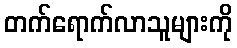
တက်ရောက်လာသူများကို